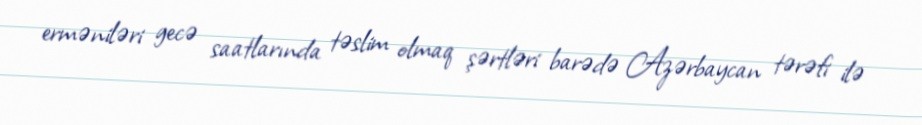
erməniləri gecə saatlarında təslim olmaq şərtləri barədə Azərbaycan tərəfi ilə